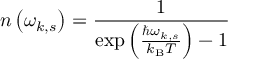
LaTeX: n \left( \omega _ { k , s } \right) = { \frac { 1 } { \exp \left( { \frac { \hbar \omega _ { k , s } } { k _ { \mathrm { B } } T } } \right) - 1 } }